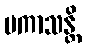
ပကာသန္တိ